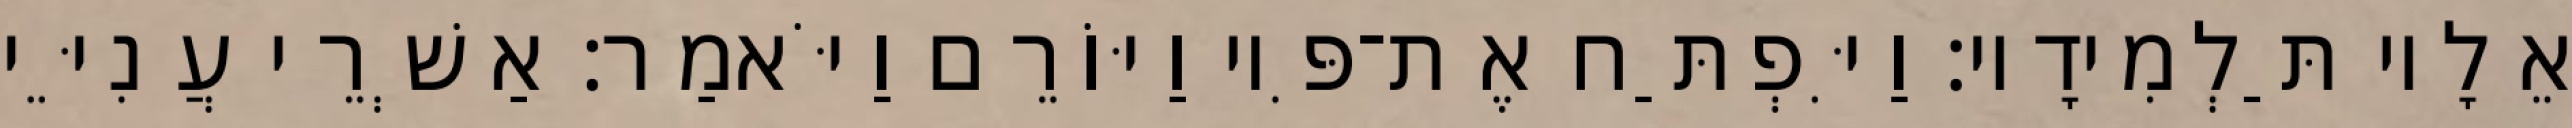
אֵלָיו תַּלְמִידָיו׃ וַיִּפְתַּח אֶת־פִּיו וַיּוֹרֵם וַיֹּאמַר׃ אַשְׁרֵי עֲנִיֵּי